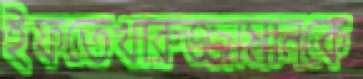
ইফতেখারুজ্জামানকে